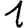
Digit: 1